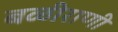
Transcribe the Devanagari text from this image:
बळीराणी